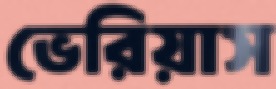
ভেরিয়াস